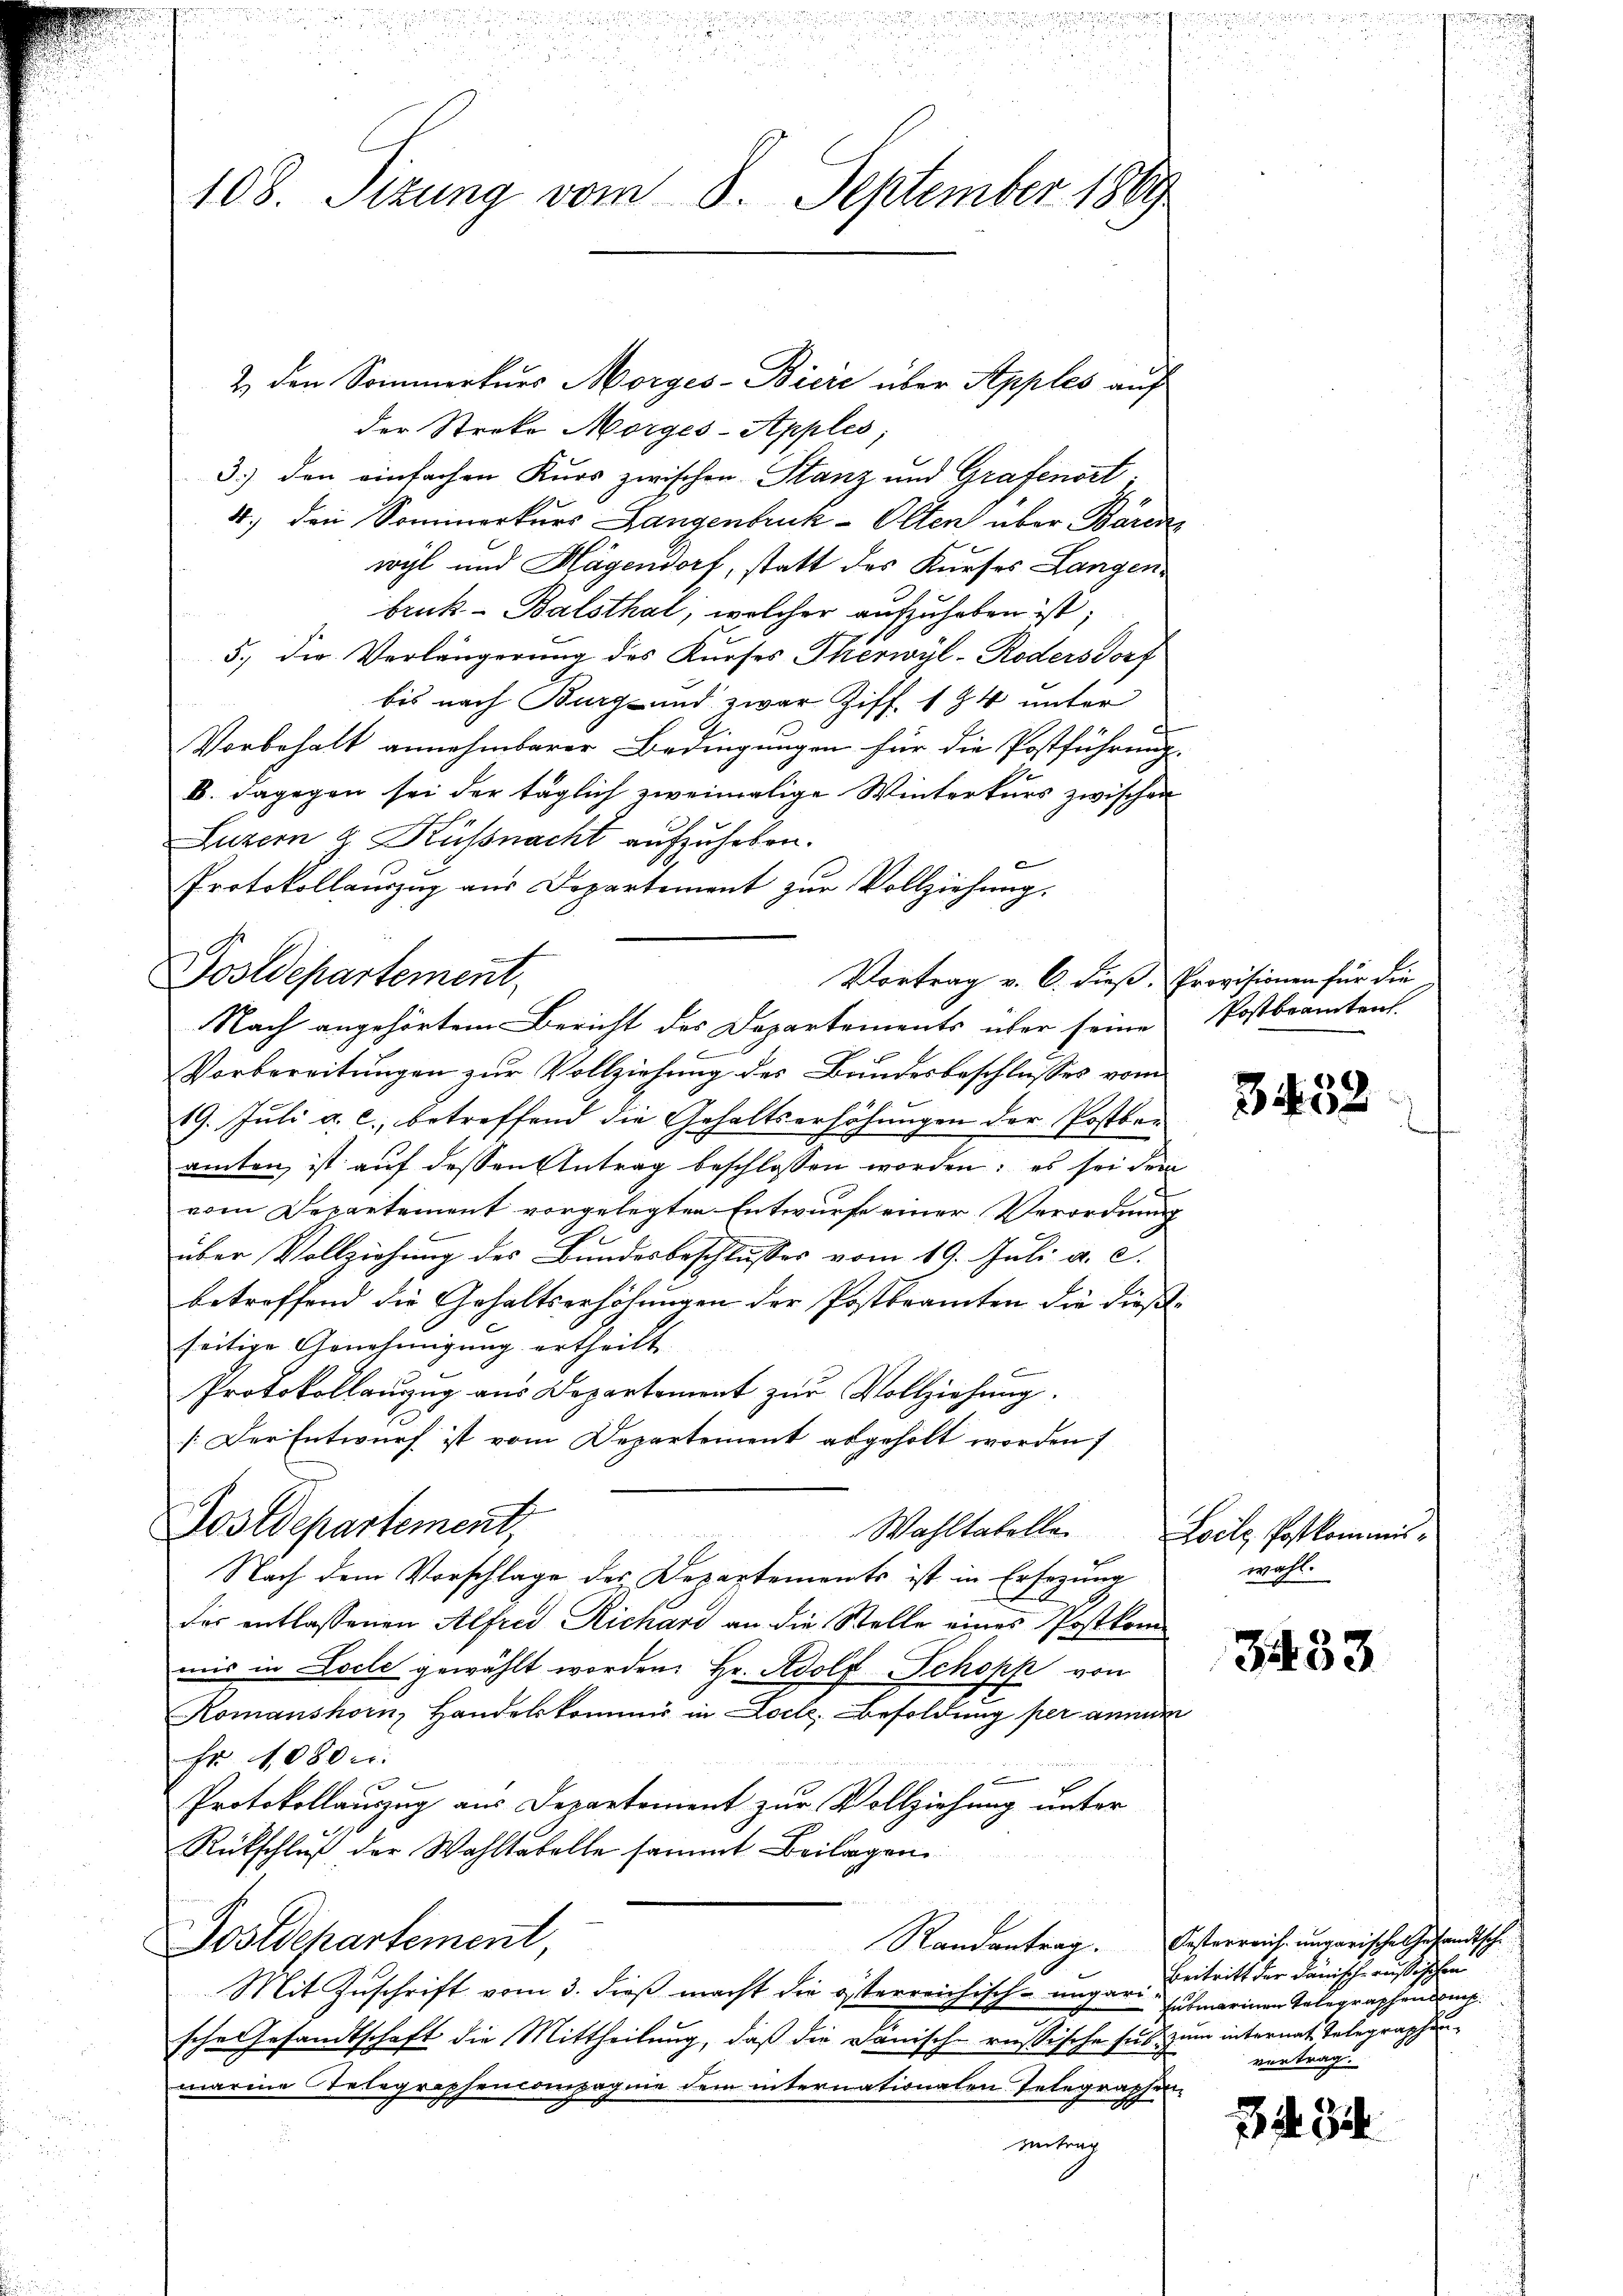
108. Sizung vom 8. September 1889.

2. den Sommerkurs Morges-Bicić über Apples auf
der Streke Morges-Apples;
3) den einfachen Kurs zwischen Stanz und Grafenort
1.) den Sominorkurs Langenbruck-Olten über Bären
wyl und Hagendorf, statt des Kieses Langen
bruk - Balsthal, welcher aufzuheben ist;
5.) Die Verlängerung des Kurses Therwyl-Rodersdorf
bis nach Burg und zwar Ziff. 194 unter
Vorbehalt annehmbarer Bedingungen für die Postführung.
B. dagegen sei der täglich zweimalige Winterkurs zwischen
Luzern & Küßnacht aufzuheben.
Protokollauszug aus Departement zur Vollziehung.
Vorbereitungen zur Vollziehung des Bundesbeschlusses vom
19. Juli a. c., betreffend die Gehaltserhöhungen der Postbar
amten ist auf dessen Antrag beschlossen worden; es sei dem
vom Departement vorgelegten Entwurfe einer Verordnung
über Vollziehung des Bundesbeschlusses vom 19. Juli a. c.
betreffend die Gehaltserhöhungen der Postbeamten die dießseitige Genehmigung ertheilt.
Protokollauszug aus Departement zur Vollziehung.
[Der Entwurf ist vom Departement abgeholt worden;
Postdepartement

Wahltabelle Loilz, Postkommis¬
Nach dem Vorschlage des Departements ist in Ersezung
der entlassenen Alfred Richari an die Stelle eines Postkommis in Locle gewählt worden. Hr. Adolf Schopf von
Romanshorn, Handelskommis in Loche. Besoldung per annun
Fr 1080 c.
Protokollauszug aus Departement zur Vollziehung unter
Rückschluß der Wahltabelle sammt Beilagen
Randantrag. Oesterreich ungarische Gesandtsche
Postschartement,
Mit Zuschrift vom 3. dieß macht die österreichisch-ungari submarinen Telegraphenbruch.
sche Gesandtschaft die Mittheilung, daß die Dänisch-russische ses zum internat Telegraphenmarine Telegraphencompagnie dem internationalen Integraphen-
Beitrag

Postdepartement

Vortrag v. C. dieß, Provisionen für die
Nach angehörtem Bericht des Departements über seine Postbeamtent

3452

wahl.

3433

Beitritt der Dänische russischen
vertrag.

34. 3